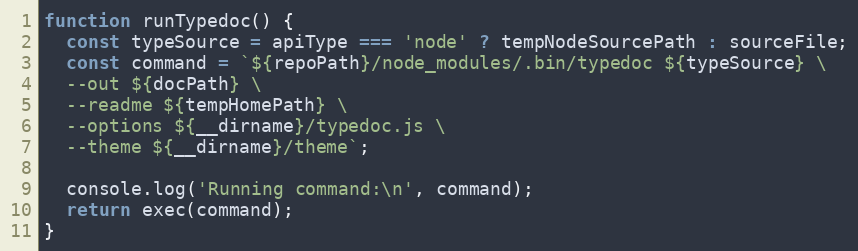
Language: JavaScript
function runTypedoc() {
  const typeSource = apiType === 'node' ? tempNodeSourcePath : sourceFile;
  const command = `${repoPath}/node_modules/.bin/typedoc ${typeSource} \
  --out ${docPath} \
  --readme ${tempHomePath} \
  --options ${__dirname}/typedoc.js \
  --theme ${__dirname}/theme`;

  console.log('Running command:\n', command);
  return exec(command);
}